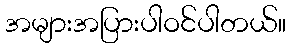
အများအပြားပါဝင်ပါတယ်။